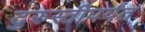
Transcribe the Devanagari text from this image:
दुरुस्तीपर्यंत